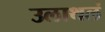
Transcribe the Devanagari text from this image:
उलाथलं